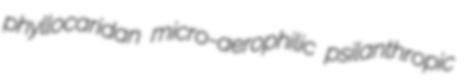
phyllocaridan micro-aerophilic psilanthropic